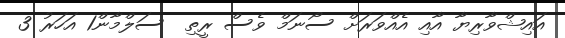
އައިޝްވާރިޔާ އާއި އެއްވަރަށް ސޯނަމް ވެސް ރީތި  ސަލްމާން1 އަހަރު 3